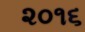
૨૦૧૬